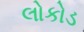
લોકોડ